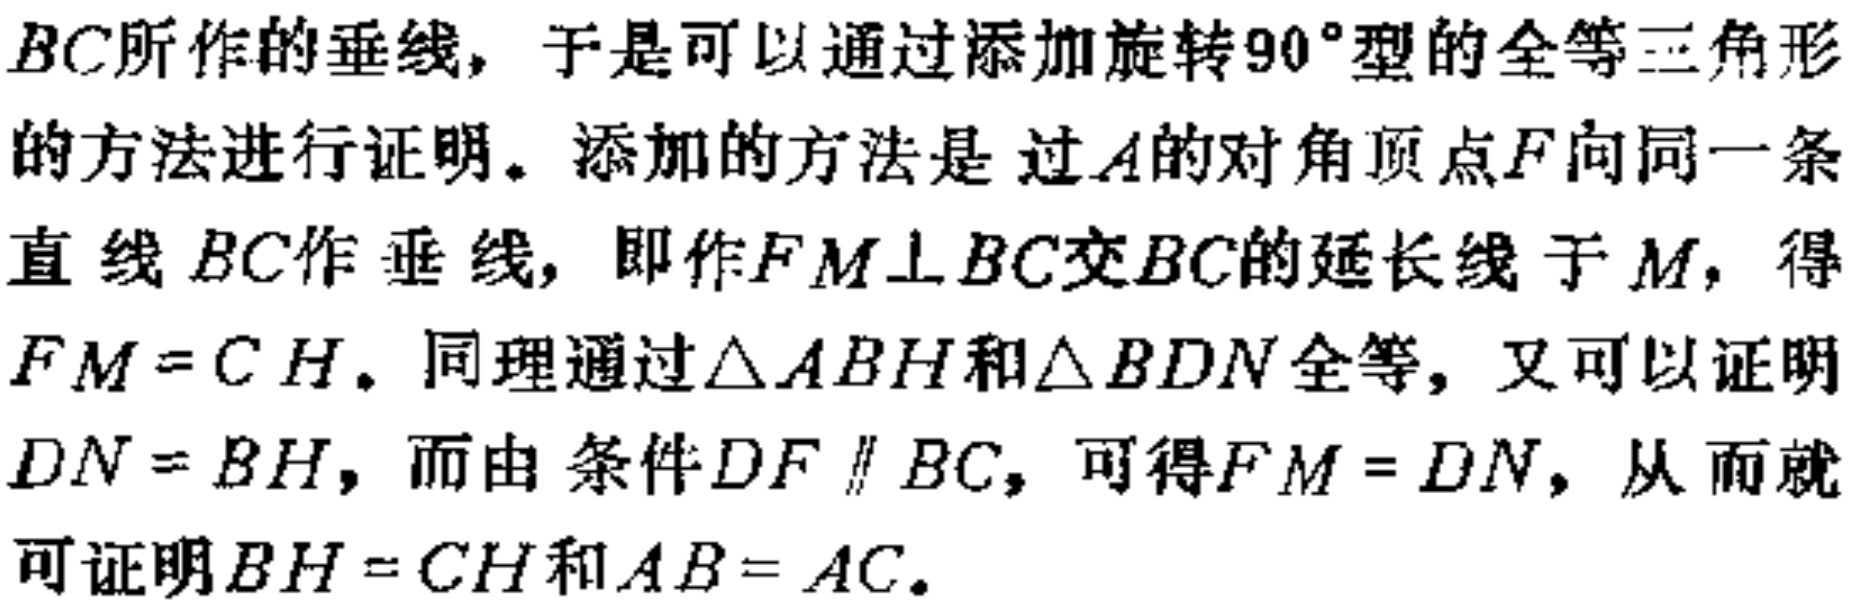
$BC$所作的垂线，于是可以通过添加旋转$90^{\circ}$型的全等三角形的方法进行证明。添加的方法是 过$A$的对角顶点$F$向同一条直线$BC$作垂线，即作$FM\perp BC$交$BC$的延长线于$M$，得$FM = CH$。同理通过$\triangle ABH$和$\triangle BDN$全等，又可以证明$DN = BH$，而由 条件$DF\parallel BC$，可得$FM = DN$，从而就可证明$BH = CH$和$AB = AC$。